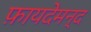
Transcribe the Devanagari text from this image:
फ़ायदेमन्द